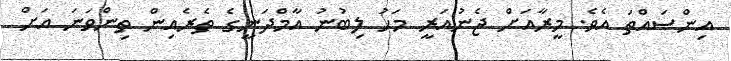
އިންސައްތަ އެވެ. މީރާއަށް ޖެނުއަރީ މަހު ލިބުނު އާމްދަނީގެ ތެރެއިން ތިންވަނަ އަށް